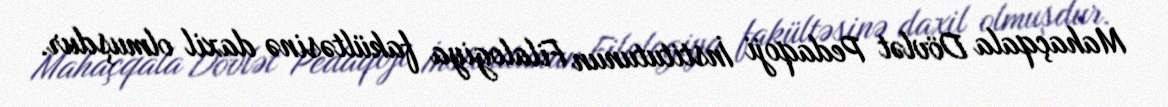
Mahaçqala Dövlət Pedaqoji İnstitutunun Filalogiya fakültəsinə daxil olmuşdur.